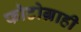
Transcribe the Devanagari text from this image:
फोटोग्राही